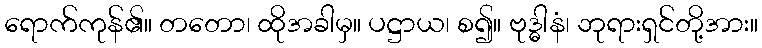
ရောက်ကုန်၏။ တတော၊ ထိုအခါမှ။ ပဋ္ဌာယ၊ စ၍။ ဗုဒ္ဓါနံ၊ ဘုရားရှင်တို့အား။